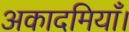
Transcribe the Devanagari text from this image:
अकादमियाँ।